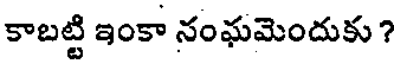
కాబట్టి ఇంకా నంఘమెందుకు ?